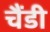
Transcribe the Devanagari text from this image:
चैंडी